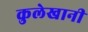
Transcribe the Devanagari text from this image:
कुलेखानी